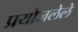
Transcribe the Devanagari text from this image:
प्रयोजलेले